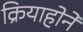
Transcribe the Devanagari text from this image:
क्रियाहोने